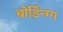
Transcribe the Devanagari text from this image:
बोर्डिन्ग्ग